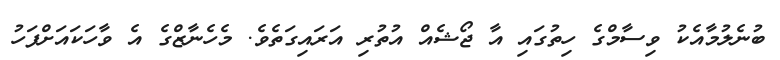
ބުނެލުމާއެކު ވިސާމްގެ ހިތުގައި އާ ޖޯޝެއް އުތުރި އަރައިގަތެވެ. މެހެނާޒްގެ އެ ވާހަކައަށްފަހު